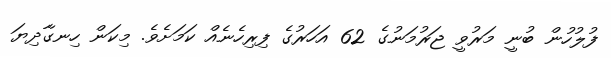
ފުލުހުން ބުނީ މަރުވީ ޖަރުމަނުގެ 62 އަހަރުގެ ފިރިހެނެއް ކަމަށެވެ. މިކަން ހިނގާދިޔަ